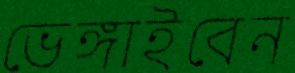
ভেঙ্গাইবেন